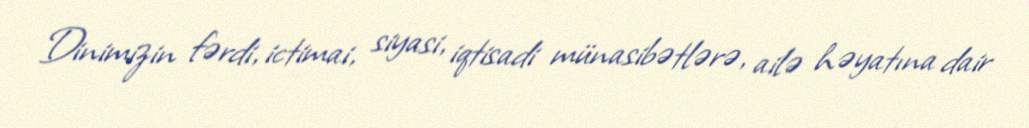
Dinimizin fərdi, ictimai, siyasi, iqtisadi münasibətlərə, ailə həyatına dair